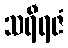
သရီရဇံ